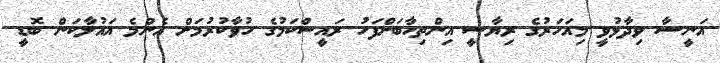
އަނީސާ ވިދާޅުވީ މިއަހަރުގެ ރިޔާސީ އިންތިހާބަށްފަހު ރައީސްކަމުގެ ހުވާކުރުމަށް އެންމެ އައުލާކަން ބޮޑީ